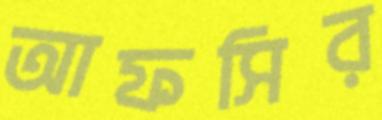
আফসির